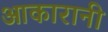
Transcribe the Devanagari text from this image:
आकारानी